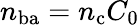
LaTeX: n_{\mathrm{ba}}=n_{\mathrm{c}}C_{0}